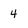
Character: 4